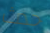
حدث